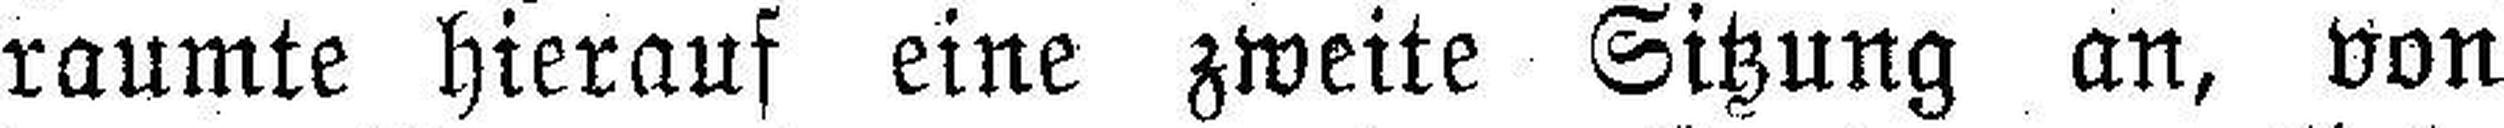
raumte hierauf eine zweite Sitzung an, von